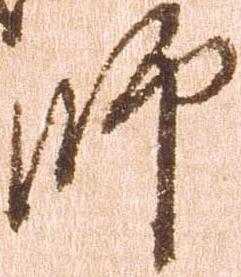
師